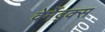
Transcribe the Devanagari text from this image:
वेर्मेद्क्स